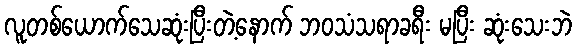
လူတစ်ယောက်သေဆုံးပြီးတဲ့နောက် ဘဝသံသရာခရီး မပြီး ဆုံးသေးဘဲ